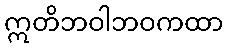
ဣတိဘဝါဘဝကထာ